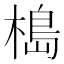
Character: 槝